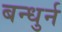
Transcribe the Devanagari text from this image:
बन्धुर्न